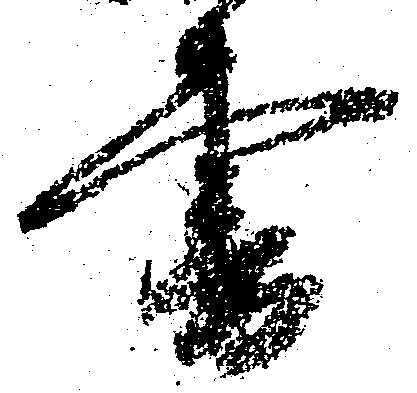
書